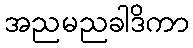
အညမညခါဒိကာ